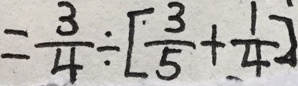
= \frac { 3 } { 4 } \div [ \frac { 3 } { 5 } + \frac { 1 } { 4 } ]